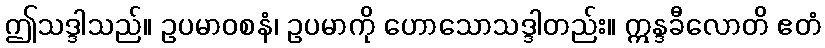
ဤသဒ္ဒါသည်။ ဥပမာဝစနံ၊ ဥပမာကို ဟောသောသဒ္ဒါတည်း။ ဣန္ဒခီလောတိ ဧတံ